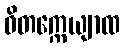
ဝိတက္ကေယျာထ